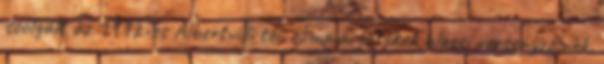
szolgált az 1992-es Albertvilli téli olimpiai játékok alpesi versenyzőinek.